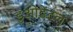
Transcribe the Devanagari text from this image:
डुओडेंटल